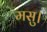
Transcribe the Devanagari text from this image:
मसु।